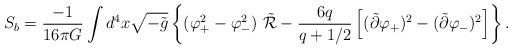
LaTeX: \begin{align*}S_b={-1\over 16\pi G} \int d^4 x \sqrt{-\tilde g}\left\{ (\varphi_+^2-\varphi_-^2)\ \tilde{\cal R} -{6q\over q+1/2} \left[(\tilde\partial\varphi_+)^2-(\tilde\partial\varphi_-)^2\right]\right\}.\end{align*}